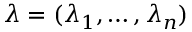
{ \boldsymbol { \lambda } } = ( \lambda _ { 1 } , \ldots , \lambda _ { n } )